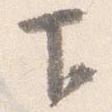
下